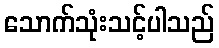
သောက်သုံးသင့်ပါသည်